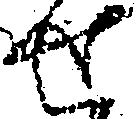
せ